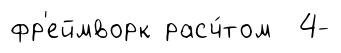
фр'еймворк расч́том 4-